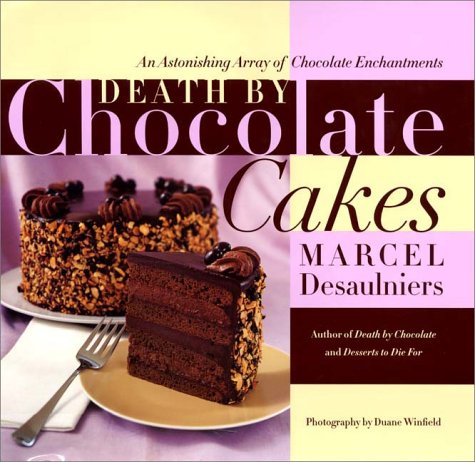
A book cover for Death by Chocolate Cakes: An Astonishing Array of Chocolate Enchantments; Marcel Desaulniers; Cookbooks, Food & Wine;